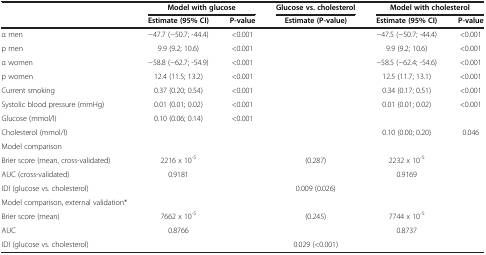
|  | <COLSPAN=2> Model with glucose | Glucose vs. cholesterol | <COLSPAN=2> Model with cholesterol |
 |  | Estimate (95% CI) | P-value | Estimate (P-value) | Estimate (95% CI) | P-value |
 | --- | --- | --- | --- | --- | --- |
 | α men | −47.7 (−50.7; -44.4) | <0.001 |  | −47.5 (−50.7; -44.4) | <0.001 |
 | p men | 9.9 (9.2; 10.6) | <0.001 |  | 9.9 (9.2; 10.6) | <0.001 |
 | α women | −58.8 (−62.7; -54.9) | <0.001 |  | −58.5 (−62.4; -54.6) | <0.001 |
 | p women | 12.4 (11.5; 13.2) | <0.001 |  | 12.5 (11.7; 13.1) | <0.001 |
 | Current smoking | 0.37 (0.20; 0.54) | <0.001 |  | 0.34 (0.17; 0.51) | <0.001 |
 | Systolic blood pressure (mmHg) | 0.01 (0.01; 0.02) | <0.001 |  | 0.01 (0.01; 0.02) | <0.001 |
 | Glucose (mmol/l) | 0.10 (0.06; 0.14) | <0.001 |  |  |  |
 | Cholesterol (mmol/l) |  |  |  | 0.10 (0.00; 0.20) | 0.046 |
 | Model comparison |  |  |  |  |  |
 | Brier score (mean, cross-validated) | 2216 x 10-5 |  | (0.287) | 2232 x 10-5 |  |
 | AUC (cross-validated) | 0.9181 |  |  | 0.9169 |  |
 | IDI (glucose vs. cholesterol) |  |  | 0.009 (0.026) |  |  |
 | Model comparison, external validation* |  |  |  |  |  |
 | Brier score (mean) | 7662 x 10-5 |  | (0.245) | 7744 x 10-5 |  |
 | AUC | 0.8766 |  |  | 0.8737 |  |
 | IDI (glucose vs. cholesterol) |  |  | 0.029 (<0.001) |  |  |